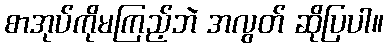
စာအုပ်ကိုမကြည့်ဘဲ အလွတ် ဆိုပြပါ။